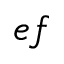
e f